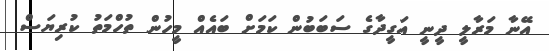
އޭނާ މަރާލީ ދީނީ އަގީދާގެ ސަބަބުން ކަމަށް ބައެއް މީހުން ތުހްމަތު ކުރިޔަސް